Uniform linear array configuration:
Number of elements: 12
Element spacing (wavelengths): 0.75
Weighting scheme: exponential
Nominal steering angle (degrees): -30
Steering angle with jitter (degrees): -29.314
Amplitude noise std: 0.05
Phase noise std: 0.05

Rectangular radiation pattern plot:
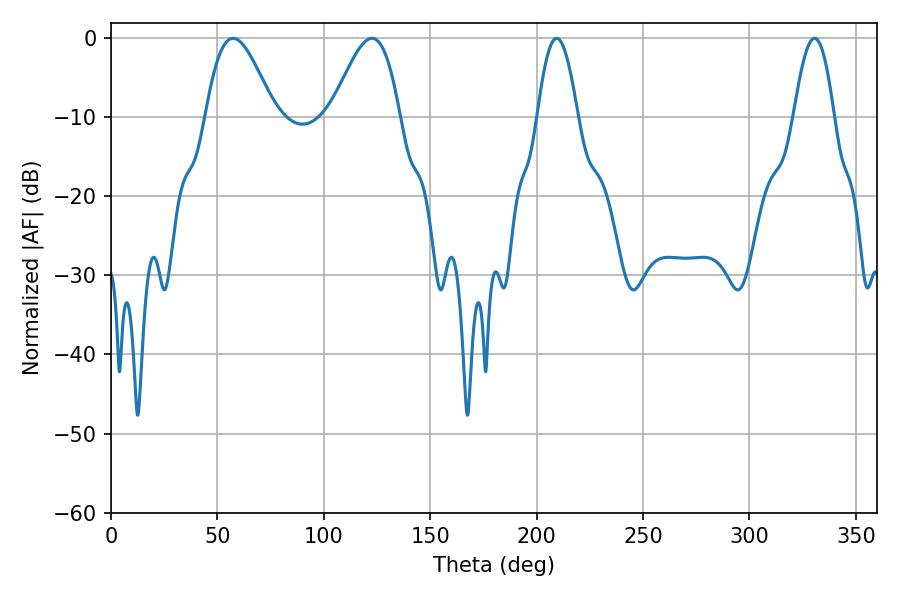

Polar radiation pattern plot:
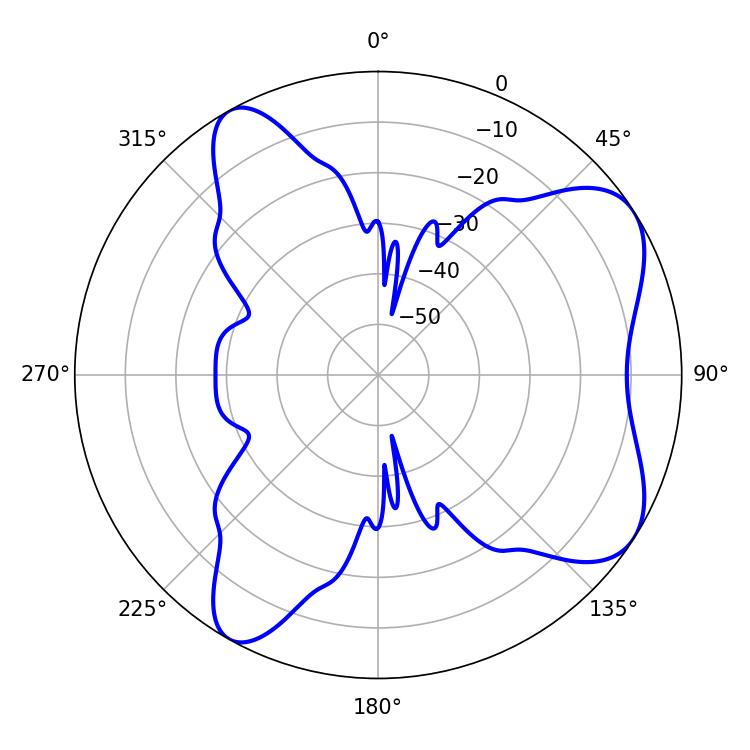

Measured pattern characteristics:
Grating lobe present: TRUE
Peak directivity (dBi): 6.966
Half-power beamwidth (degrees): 17.28
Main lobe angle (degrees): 122.58